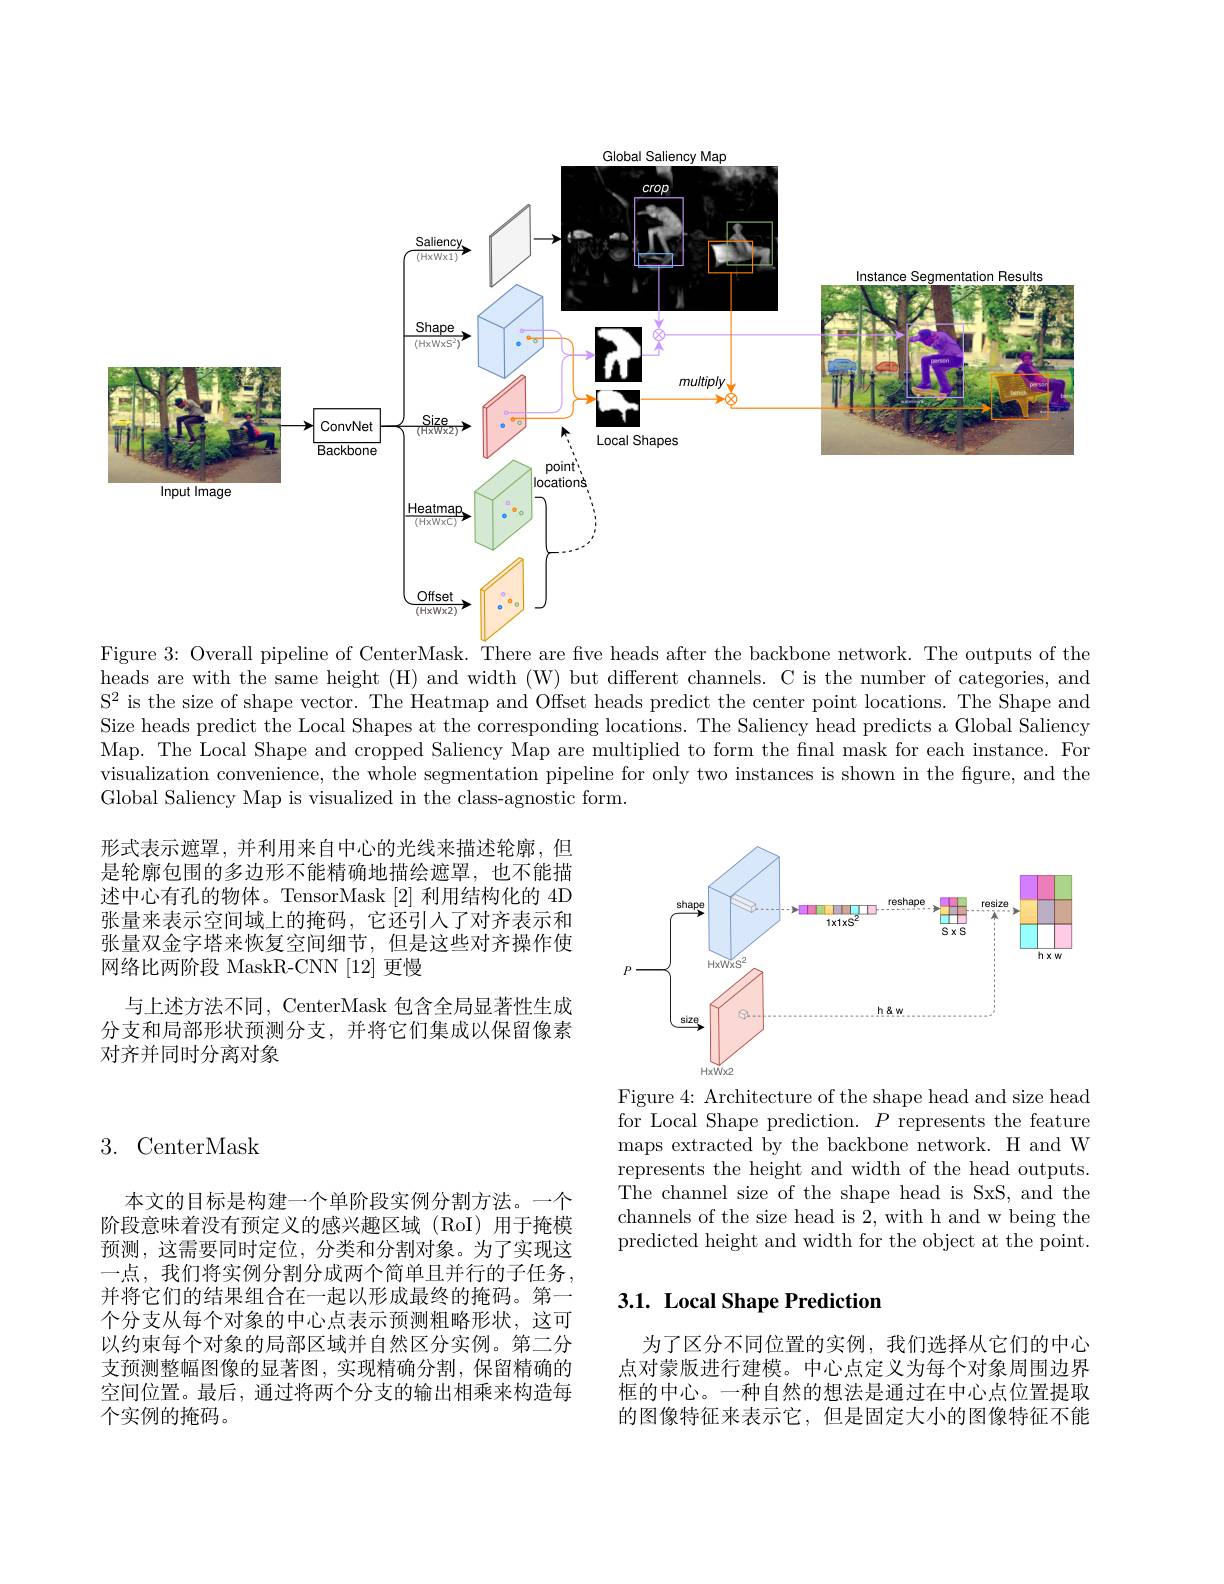
<FigureHere>
Figure 3: Overall pipeline of CenterMask. There are five heads after the backbone network. The outputs of the

heads are with the same height (H) and width (W) but different channels. C is the number of categories, and $\mathrm{S}^2$ is the size of shape vector. The Heatmap and Offset heads predict the center point locations. The Shape and Size heads predict the Local Shapes at the corresponding locations. The Saliency head predicts a Global Saliency Map. The Local Shape and cropped Saliency Map are multiplied to form the fnal mask for each instance. For visualization convenience, the whole segmentation pipeline for only two instances is shown in the figure, and the Global Saliency Map is visualized in the class-agnostic form.

<FigureHere>

形式表示遮罩，并利用来自中心的光线来描述轮廓，但是轮廓包围的多边形不能精确地描绘遮罩，也不能描述中心有孔的物体。TensorMask [2]利用结构化的 4D 张量来表示空间域上的掩码，它还引人了对齐表示和张量双金字塔来恢复空间细节，但是这些对齐操作使网络比两阶段 MaskR-CNN [12] 更慢
与上述方法不同，CenterMask 包含全局显著性生成分支和局部形状预测分支，并将它们集成以保留像素对齐并同时分离对象

## 3. CenterMask

Figure 4: Architecture of the shape head and size head for Local Shape prediction. $P$ represents the feature maps extracted by the backbone network. H and W represents the height and width of the head outputs. The channel size of the shape head is SxS, and the channels of the size head is 2, with h and w being the predicted height and width for the object at the point.

# 3.1. Local Shape Prediction

本文的目标是构建一个单阶段实例分割方法。一个阶段意味着没有预定义的感兴趣区域(RoI)用于掩模预测，这需要同时定位，分类和分割对象。为了实现这一点，我们将实例分割分成两个简单且并行的子任务， 并将它们的结果组合在一起以形成最终的掩码。第一个分支从每个对象的中心点表示预测粗略形状，这可以约束每个对象的局部区域并自然区分实例。第二分支预测整幅图像的显著图，实现精确分割，保留精确的空间位置。最后，通过将两个分支的输出相乘来构造每个实例的掩码。

为了区分不同位置的实例，我们选择从它们的中心点对蒙版进行建模。中心点定义为每个对象周围边界框的中心。一种自然的想法是通过在中心点位置提取的图像特征来表示它，但是固定大小的图像特征不能